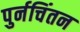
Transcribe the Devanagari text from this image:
पुर्नचिंतन